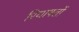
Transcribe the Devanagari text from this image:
रियाषतों